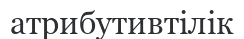
атрибутивтілік